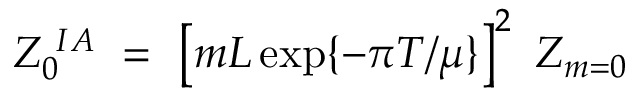
Z _ { 0 } ^ { ~ I A } ~ = ~ \left[ m L \exp \{ - \pi T / \mu \} \right] ^ { 2 } ~ Z _ { m = 0 }